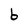
Character: b